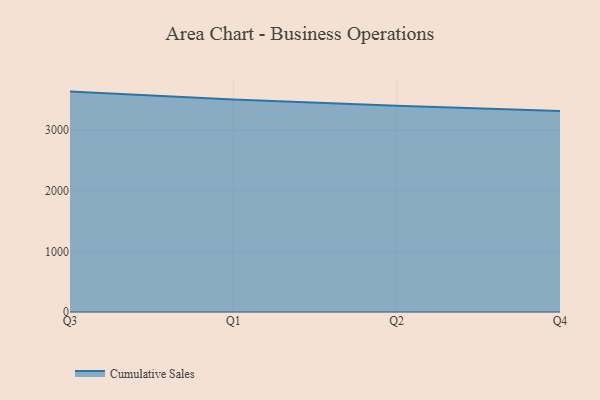
{"axis": {"x": "Quarter", "y": "Waste Production (Tons)"}, "legend": ["Cumulative Sales"], "data": [{"x": "Q3", "y": 3637.3, "type": "Cumulative Sales"}, {"x": "Q1", "y": 3505.8, "type": "Cumulative Sales"}, {"x": "Q2", "y": 3404.3, "type": "Cumulative Sales"}, {"x": "Q4", "y": 3317.7, "type": "Cumulative Sales"}]}